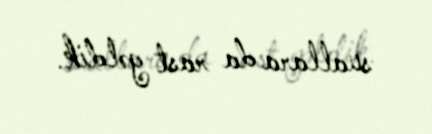
suallara da rast gəldik.